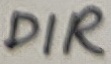
Text: DIR